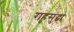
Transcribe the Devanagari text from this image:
राहूसुद्धा